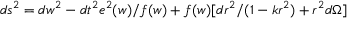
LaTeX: d s ^ { 2 } = d w ^ { 2 } - d t ^ { 2 } e ^ { 2 } ( w ) / f ( w ) + f ( w ) [ d r ^ { 2 } / ( 1 - k r ^ { 2 } ) + r ^ { 2 } d \Omega ]